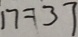
n = 3 7